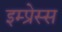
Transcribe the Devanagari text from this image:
इम्प्रेस्स